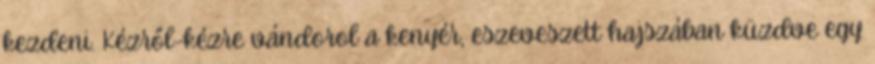
kezdeni. Kézről-kézre vándorol a kenyér, eszeveszett hajszában küzdve egy